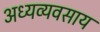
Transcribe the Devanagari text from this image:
अध्यव्यवसाय